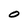
Character: O